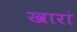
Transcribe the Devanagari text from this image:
खारां